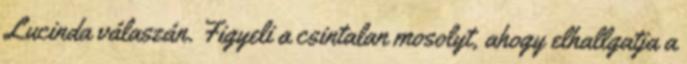
Lucinda válaszán. Figyeli a csintalan mosolyt, ahogy elhallgatja a